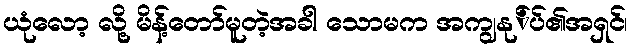
ယုံလော့ လို့ မိန့်တော်မူတဲ့အခါ သောမက အကျွနု်ပ်၏အရှင်၊